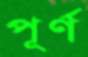
পূর্ণ